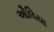
ઔલિયા